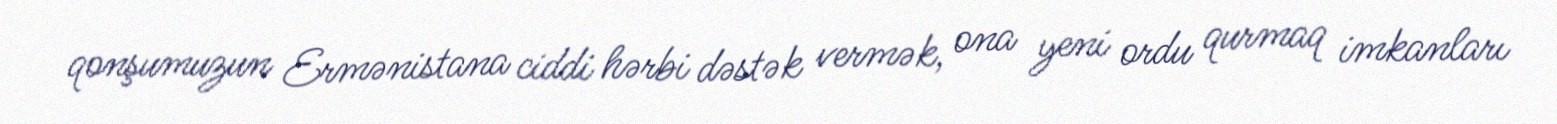
qonşumuzun Ermənistana ciddi hərbi dəstək vermək, ona yeni ordu qurmaq imkanları